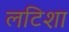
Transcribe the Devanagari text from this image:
लटिशा